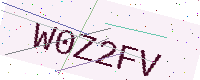
Text: W0Z2FV